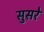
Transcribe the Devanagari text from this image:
सुसरे